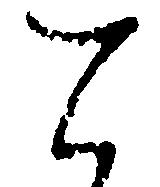
て